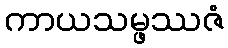
ကာယသမ္ဖဿဇံ